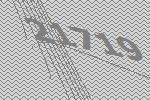
21719